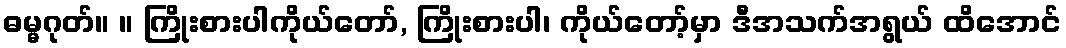
ဓမ္မဂုတ်။ ။ ကြိုးစားပါကိုယ်တော်, ကြိုးစားပါ၊ ကိုယ်တော့်မှာ ဒီအသက်အရွယ် ထိအောင်